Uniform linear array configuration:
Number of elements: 8
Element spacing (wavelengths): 0.25
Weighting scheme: exponential
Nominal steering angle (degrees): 15
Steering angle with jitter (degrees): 15.011
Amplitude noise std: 0.05
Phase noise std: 0.05

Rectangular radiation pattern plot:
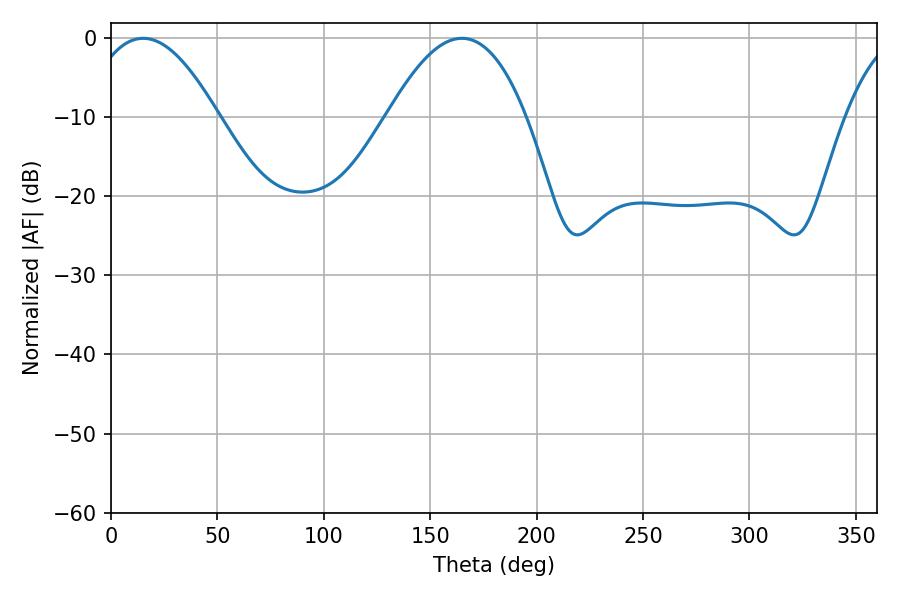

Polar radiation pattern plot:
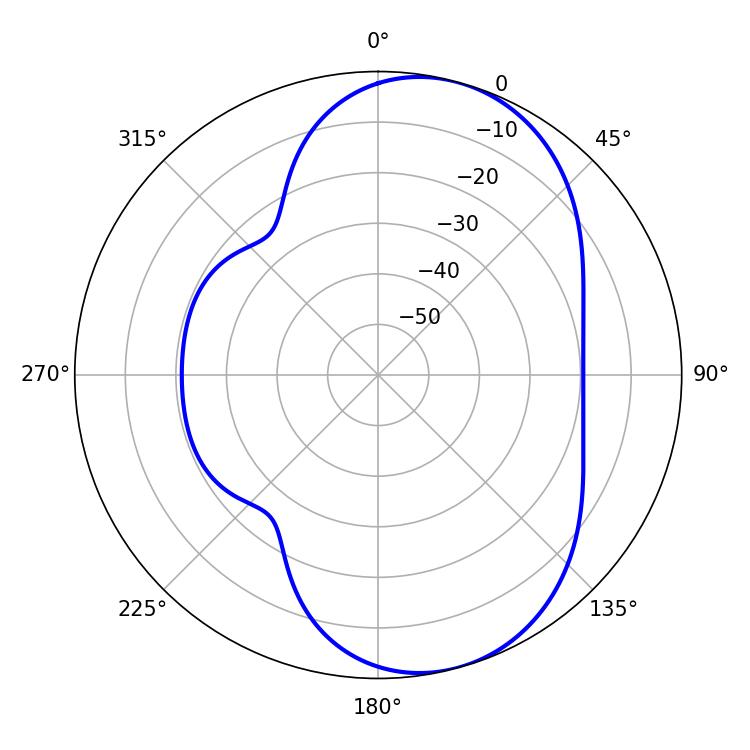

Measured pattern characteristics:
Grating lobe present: FALSE
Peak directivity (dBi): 7.2
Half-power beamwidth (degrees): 33.84
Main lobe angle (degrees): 15.12